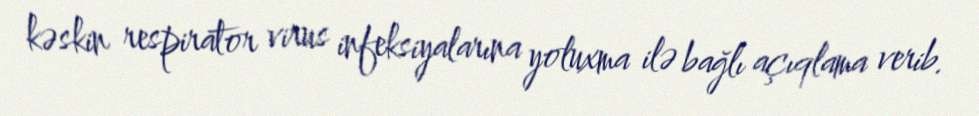
kəskin respirator virus infeksiyalarına yoluxma ilə bağlı açıqlama verib.